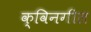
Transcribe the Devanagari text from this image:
क्विनगील